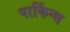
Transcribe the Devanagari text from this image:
पार्किन्स